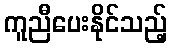
ကူညီပေးနိုင်သည့်